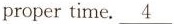
propertime. \underline{4}